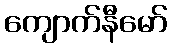
ကျောက်နီမော်